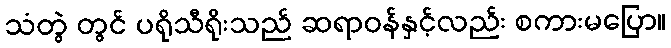
သံတွဲ တွင် ပရိုသီရိုးသည် ဆရာဝန်နှင့်လည်း စကားမပြော။